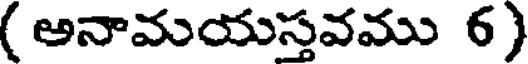
( అనామయస్తవము 6)